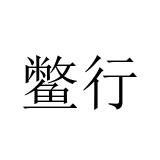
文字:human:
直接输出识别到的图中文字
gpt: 鳖行